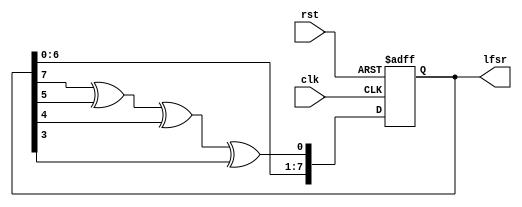
module LFSR (
    input wire clk,      // Clock signal
    input wire rst,      // Reset signal
    output reg [7:0] lfsr // 8-bit LFSR output
);

wire feedback;

// Feedback calculation using the polynomial x^8 + x^6 + x^5 + x^4 + 1
// Equivalent to feedback = lfsr[7] ^ lfsr[5] ^ lfsr[4] ^ lfsr[3]
assign feedback = lfsr[7] ^ lfsr[5] ^ lfsr[4] ^ lfsr[3];

always @(posedge clk or posedge rst) begin
    if (rst) begin
        lfsr <= 8'h1; // Initialize LFSR to a non-zero value on reset
    end else begin
        lfsr <= {lfsr[6:0], feedback}; // Shift left and insert feedback bit
    end
end

endmodule